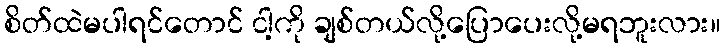
စိတ်ထဲမပါရင်တောင် ငါ့ကို ချစ်တယ်လို့ပြောပေးလို့မရဘူးလား။